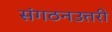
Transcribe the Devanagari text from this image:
संगठनउत्तरी